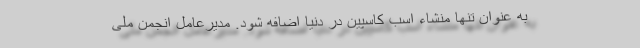
به عنوان تنها منشاء اسب کاسپین در دنیا اضافه شود. مدیرعامل انجمن ملی